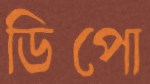
ডিপো